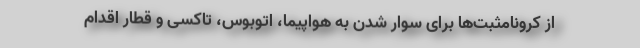
از کرونامثبت‌ها برای سوار شدن به هواپیما، اتوبوس، تاکسی و قطار اقدام